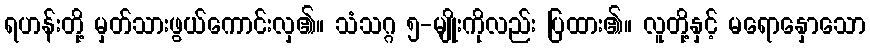
ရဟန်းတို့ မှတ်သားဖွယ်ကောင်းလှ၏။ သံသဂ္ဂ ၅-မျိုးကိုလည်း ပြထား၏။ လူတို့နှင့် မရောနှောသော